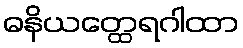
ဓနိယတ္ထေရဂါထာ